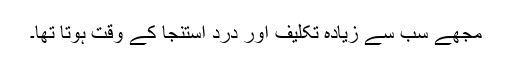
مجھے سب سے زیادہ تکلیف اور درد استنجا کے وقت ہوتا تھا۔